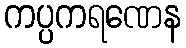
ကပ္ပကရဏေန